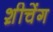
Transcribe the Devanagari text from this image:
श़ीचेंग